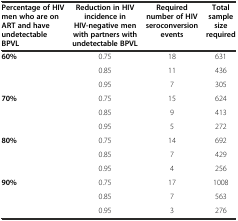
<table><thead><tr><td><b>Percentage of HIV men who are on ART and have undetectable BPVL</b></td><td><b>Reduction in HIV incidence in HIV-negative men with partners with undetectable BPVL</b></td><td><b>Required number of HIV seroconversion events</b></td><td><b>Total sample size required</b></td></tr></thead><tbody><tr><td><b>60%</b></td><td>0.75</td><td>18</td><td>631</td></tr><tr><td></td><td>0.85</td><td>11</td><td>436</td></tr><tr><td></td><td>0.95</td><td>7</td><td>305</td></tr><tr><td><b>70%</b></td><td>0.75</td><td>15</td><td>624</td></tr><tr><td></td><td>0.85</td><td>9</td><td>413</td></tr><tr><td></td><td>0.95</td><td>5</td><td>272</td></tr><tr><td><b>80%</b></td><td>0.75</td><td>14</td><td>692</td></tr><tr><td></td><td>0.85</td><td>7</td><td>429</td></tr><tr><td></td><td>0.95</td><td>4</td><td>256</td></tr><tr><td><b>90%</b></td><td>0.75</td><td>17</td><td>1008</td></tr><tr><td></td><td>0.85</td><td>7</td><td>563</td></tr><tr><td></td><td>0.95</td><td>3</td><td>276</td></tr></tbody></table>